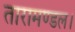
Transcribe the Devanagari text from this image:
तारामण्डल।